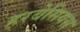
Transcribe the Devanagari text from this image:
हरबेसियस